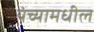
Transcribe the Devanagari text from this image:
यंच्यामधील